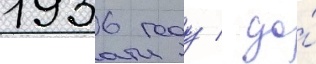
1936 году / до́